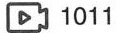
1011